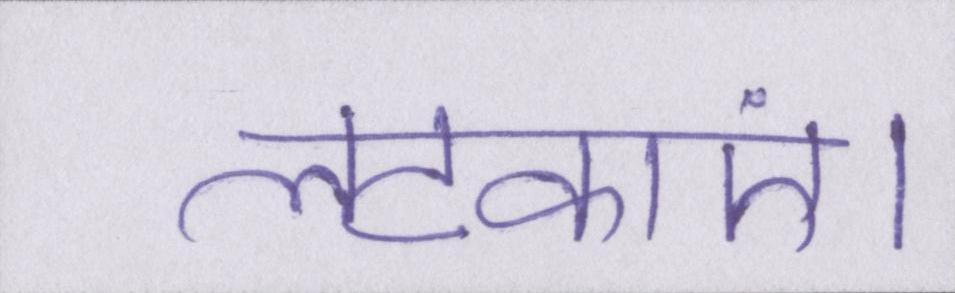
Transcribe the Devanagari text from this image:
लटकाएं।